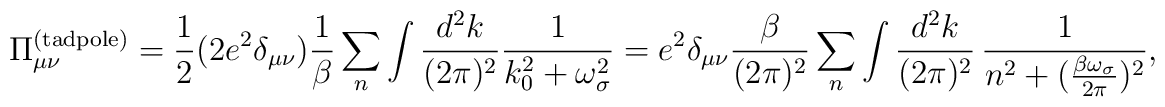
\Pi_{\mu \nu}^{({\rm tadpole})} = \frac{1}{2} (2 e^2\delta_{\mu \nu}) \frac{1}{\beta} \sum_n \int \frac{d^2k}{(2 \pi)^2}\frac{1}{k_0^2 + \omega_{\sigma}^2} =  e^2 \delta_{\mu \nu} \frac{\beta}{(2 \pi)^2} \sum_n \int\frac{d^2k}{(2 \pi)^2}\,\frac{1}{n^2 + (\frac{\beta \omega_{\sigma}}{2\pi})^2},